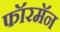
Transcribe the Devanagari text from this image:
फॉरमॅन